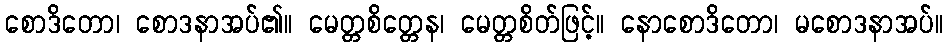
စောဒိတော၊ စောဒနာအပ်၏။ မေတ္တစိတ္တေန၊ မေတ္တစိတ်ဖြင့်။ နောစောဒိတော၊ မစောဒနာအပ်။